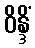
ဝိန္ဒိံ